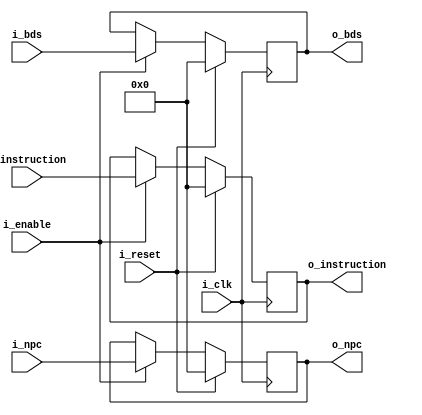
/**

**/

module IF_ID_reg
    #(
        // Parameters
        parameter INST_SZ = 32
    )
    (
        // Inputs
        input wire                      i_clk,                      // Clock
        input wire                      i_reset,                    // Reset
        input wire                      i_enable,                   // Write Control Line
        input wire [INST_SZ-1 : 0]      i_instruction,              // Instruction Fetched
        input wire [INST_SZ-1 : 0]      i_npc,                      // NPC
        input wire [INST_SZ-1 : 0]      i_bds,                      // Branch Delay Slot
        // Outputs
        output wire [INST_SZ-1 : 0]     o_instruction,              // Instruction Fetched
        output wire [INST_SZ-1 : 0]     o_npc,                      // NPC
        output wire [INST_SZ-1 : 0]     o_bds                       // Branch Delay Slot
    );

    //! Signal Definition
    reg [INST_SZ-1 : 0]      instruction;
    reg [INST_SZ-1 : 0]      npc;              
    reg [INST_SZ-1 : 0]      bds;

    // Body
    always @(posedge i_clk) 
    begin
        if(i_reset)
        begin
            instruction <= 0; 
            npc <= 0;
            bds <= 0; 
        end
        else if(i_enable)
        begin
            instruction <= i_instruction;
            npc <= i_npc;
            bds <= i_bds;
        end
        // Else, stall the register
    end

    //! Assignments
    assign o_instruction = instruction;
    assign o_npc = npc;
    assign o_bds = bds;

endmodule